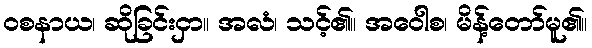
ဝစနာယ၊ ဆိုခြင်းငှာ။ အလံ၊ သင့်၏။ အဝေါစ၊ မိန့်တော်မူ၏။